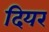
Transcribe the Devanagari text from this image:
दियर